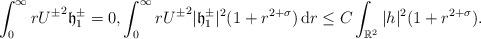
LaTeX: \begin{align*}\int_0^{\infty}r{U^{\pm}}^2{\mathfrak h}_1^{\pm}=0,\int_0^{\infty}r{U^{\pm}}^2|{\mathfrak h}_1^\pm|^2(1+r^{2+\sigma}) \,{\mathrm d}r\leq C\int_{{\mathbb R}^2}|h|^2(1+r^{2+\sigma}).\end{align*}